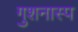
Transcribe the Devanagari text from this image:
गुशनास्प